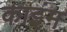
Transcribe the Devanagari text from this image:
काइंम